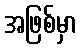
အဖြစ်မှာ